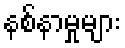
နစ်နာမှုများ